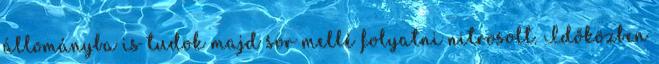
állományba is tudok majd sor mellé folyatni nitrosolt. Időközben